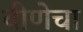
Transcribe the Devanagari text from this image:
वीणेचा